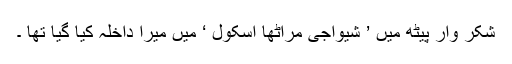
شکر وار پیٹھ میں ’ شیواجی مراٹھا اسکول ‘ میں میرا داخلہ کیا گیا تھا ۔